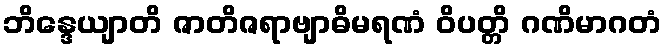
ဘိန္ဒေယျာတိ ဇာတိဇရာဗျာဓိမရဏံ ဝိပတ္တိ ဂဏိမာဂတံ